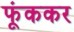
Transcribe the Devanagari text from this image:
फूंककर